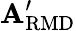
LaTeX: \mathbf{A}_{\mathrm{{RMD}}}^{\prime}